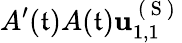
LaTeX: A^{\prime}(\mathfrak{t})A(\mathfrak{t})\mathbf{{u}}_{1,1}^{\mathrm{{~(~S~)~}}}